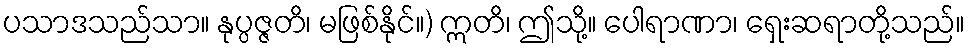
ပသာဒသည်သာ။ နုပ္ပဇ္ဇတိ၊ မဖြစ်နိုင်။) ဣတိ၊ ဤသို့။ ပေါရာဏာ၊ ရှေးဆရာတို့သည်။